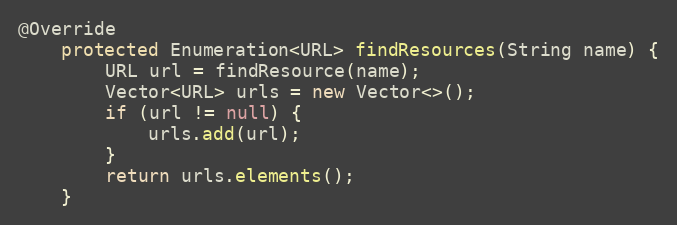
Language: Java
@Override
    protected Enumeration<URL> findResources(String name) {
        URL url = findResource(name);
        Vector<URL> urls = new Vector<>();
        if (url != null) {
            urls.add(url);
        }
        return urls.elements();
    }